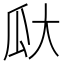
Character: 𪼳